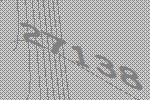
27138